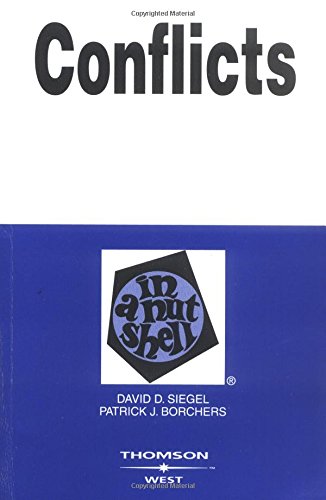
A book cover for Conflicts in a Nutshell; David Siegel; Law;